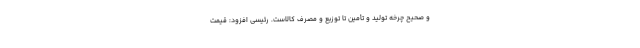
و صحیح چرخه تولید و تأمین تا توزیع و مصرف کالاست. رئیسی افزود: قیمت